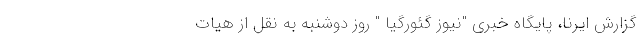
گزارش ایرنا، پایگاه خبری "نیوز گئورگیا " روز دوشنبه به نقل از هیات